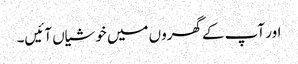
اور آپ کے گھروں میں خوشیاں آئیں۔